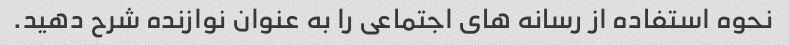
نحوه استفاده از رسانه های اجتماعی را به عنوان نوازنده شرح دهید.